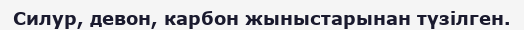
Силур, девон, карбон жыныстарынан түзілген.